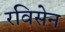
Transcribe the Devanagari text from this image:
रविसेन